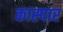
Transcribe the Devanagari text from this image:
कास्पार